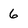
Character: 6